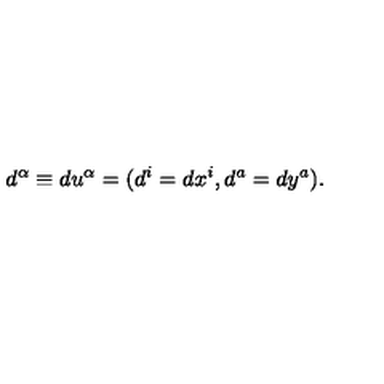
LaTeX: d ^ { \alpha } \equiv d u ^ { \alpha } = ( d ^ { i } = d x ^ { i } , d ^ { a } = d y ^ { a } ) .